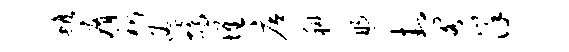
蟾瘠祈通鸪堆店科煦封阁详